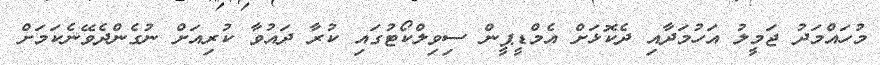
މުހައްމަދު ޖަމީލު އަހުމަދާއި ދެކޮޅަށް އެމްޑީޕީން ސިވިލްކޯޓުގައި ކުރާ ދައުވާ ކުރިއަށް ނުގެންދެވޭނެކަމަށް